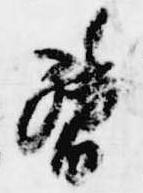
督